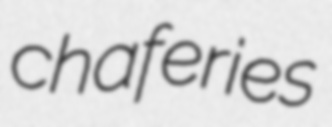
chaferies